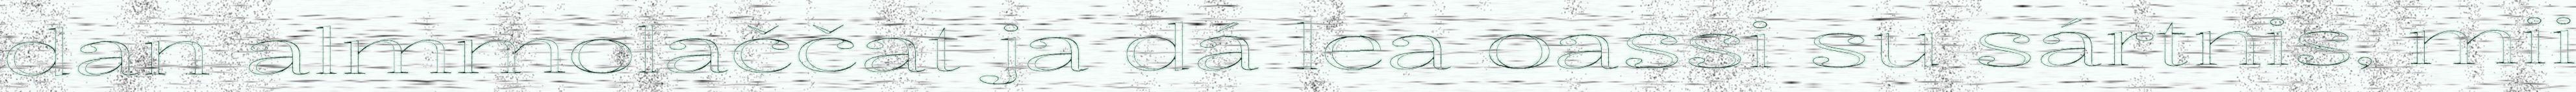
dan almmolaččat ja dá lea oassi su sártnis, mii